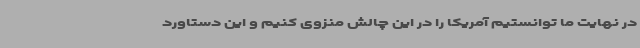
در نهایت ما توانستیم آمریکا را در این چالش منزوی کنیم و این دستاورد